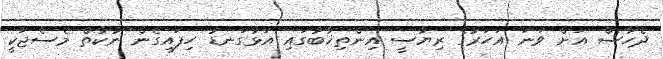
ދެހާސް އަށް ވަނަ އަހަރުގެ ރިޔާސީ އިންތިޚާބުގައި އަޅުގަނޑު ހިފައިގެން ނުކުތް މެސެޖަކީ